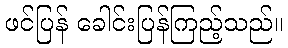
ဖင်ပြန် ခေါင်းပြန်ကြည့်သည်။